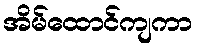
အိမ်ထောင်ကျကာ